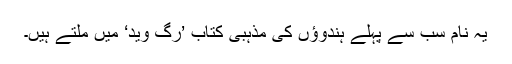
یہ نام سب سے پہلے ہندوؤں کی مذہبی کتاب ’رگ وید‘ میں ملتے ہیں۔